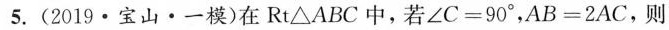
5.(2019·宝山·一模)在Rt△ABC中，若$$∠C=90°$$，$$AB=2AC$$，则